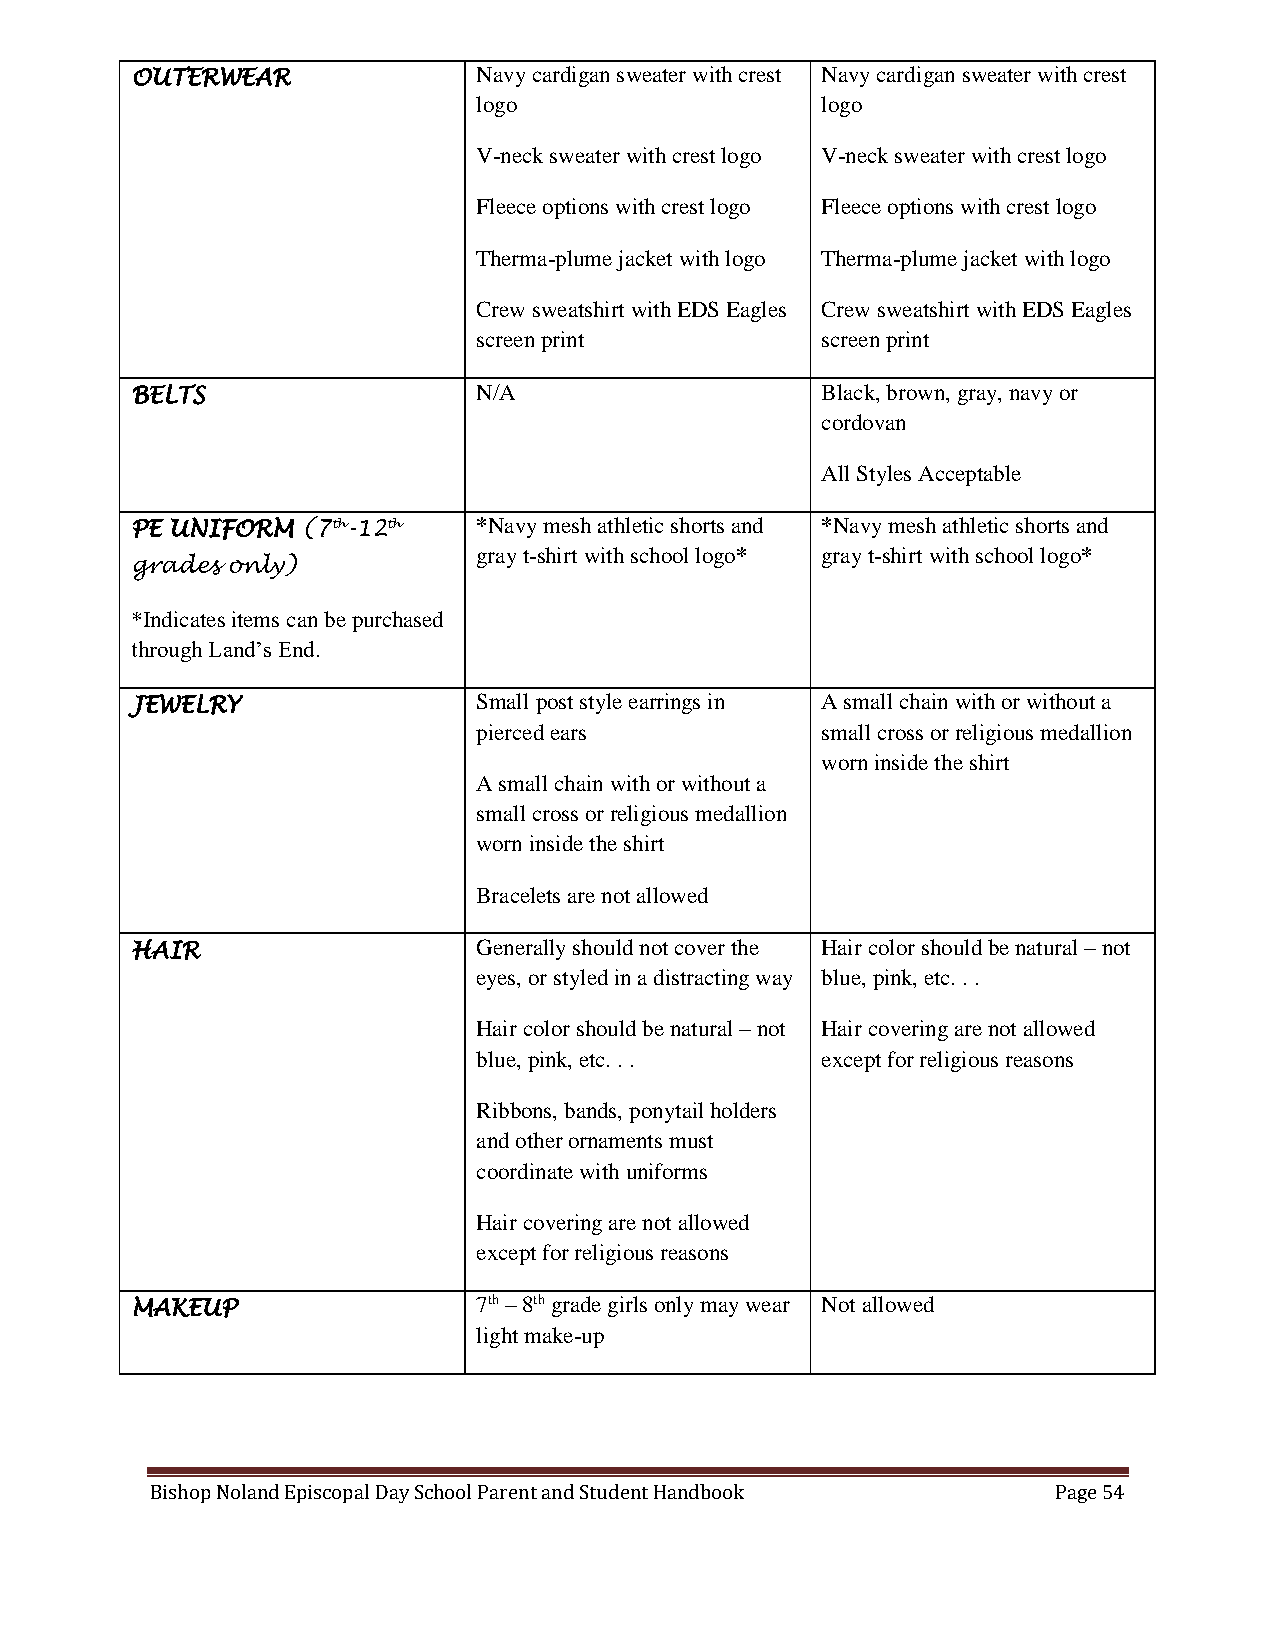
OUTERWEAR              Navy cardigan sweater with crest Navy cardigan sweater with crest
 logo                  logo
 V-neck sweater with crest logo V-neck sweater with crest logo
 Fleece options with crest logo Fleece options with crest logo
 Therma-plume jacket with logo Therma-plume jacket with logo
 Crew sweatshirt with EDS Eagles Crew sweatshirt with EDS Eagles
 screen print          screen print
 BELTS                  N/A                   Black, brown, gray, navy or
 cordovan
 All Styles Acceptable
 PE UNIFORM (7th-12th   *Navy mesh athletic shorts and *Navy mesh athletic shorts and
 gray t-shirt with school logo* gray t-shirt with school logo*
 grades only)
 *Indicates items can be purchased
 through Land’s End.
 JEWELRY                Small post style earrings in A small chain with or without a
 pierced ears          small cross or religious medallion
 worn inside the shirt
 A small chain with or without a
 small cross or religious medallion
 worn inside the shirt
 Bracelets are not allowed
 HAIR                   Generally should not cover the Hair color should be natural – not
 eyes, or styled in a distracting way blue, pink, etc. . .
 Hair color should be natural – not Hair covering are not allowed
 blue, pink, etc. . .  except for religious reasons
 Ribbons, bands, ponytail holders
 and other ornaments must
 coordinate with uniforms
 Hair covering are not allowed
 except for religious reasons
 MAKEUP                 7th – 8th grade girls only may wear Not allowed
 light make-up
 Bishop Noland Episcopal Day School Parent and Student Handbook Page 54